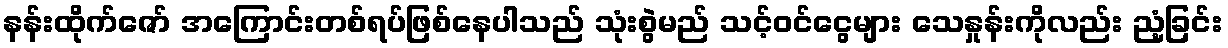
နန်းထိုက်ဇော် အကြောင်းတစ်ရပ်ဖြစ်နေပါသည် သုံးစွဲမည် သင့်ဝင်ငွေများ သေနှုန်းကိုလည်း ညံ့ခြင်း